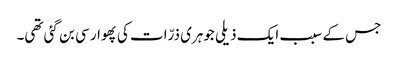
جس کے سبب ایک ذیلی جوہری ذرّات کی پھوار سی بن گئی تھی۔